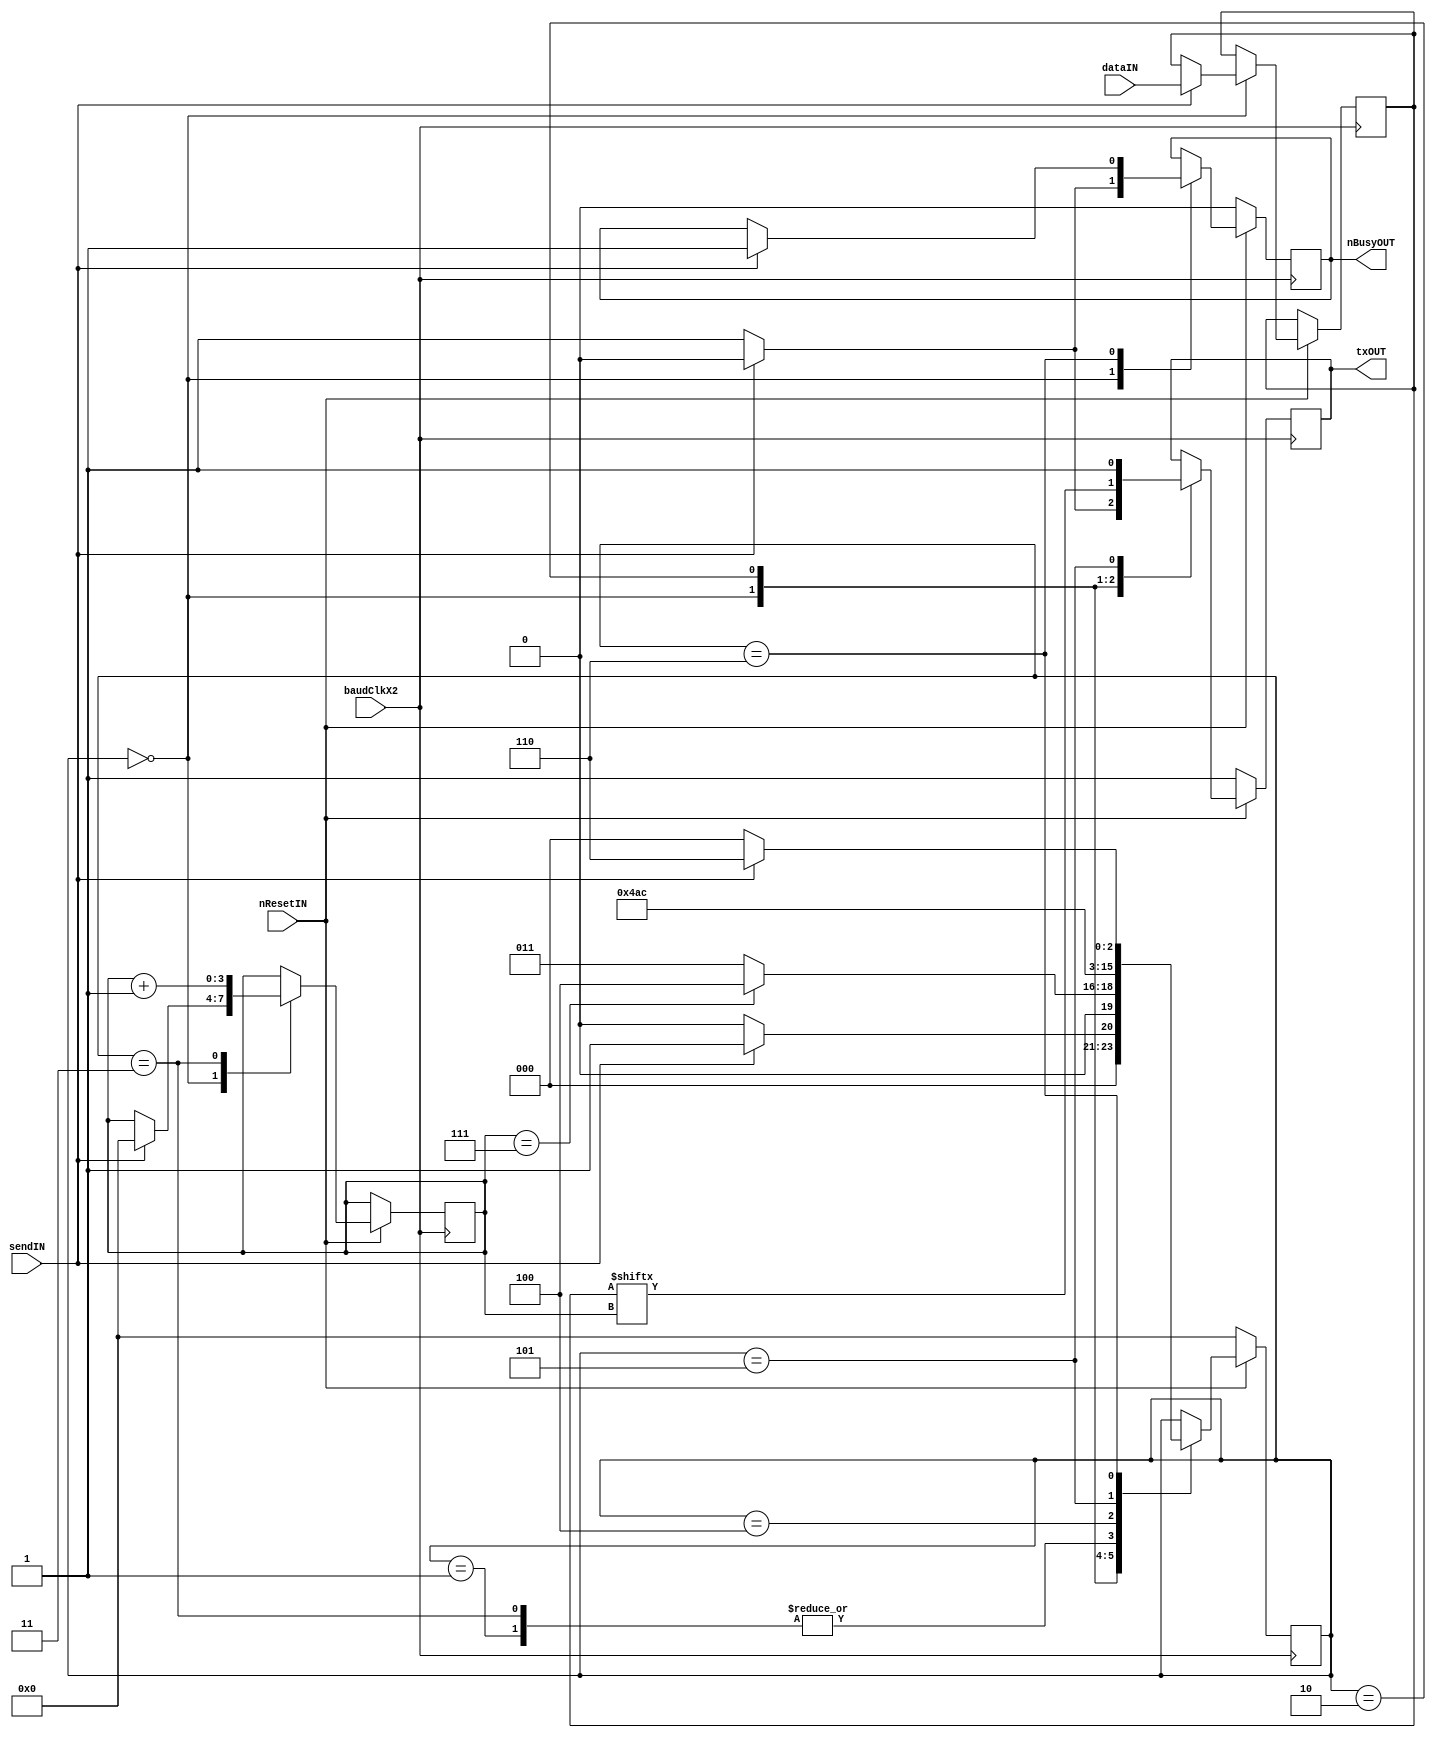
module UartTX(baudClkX2, nResetIN, dataIN, sendIN, txOUT, nBusyOUT);
input baudClkX2, nResetIN, sendIN;
input [7:0] dataIN;
output txOUT, nBusyOUT;

reg       txOUT    = 1'b1;
reg       nBusyOUT = 1'b1;
reg [7:0] data;
reg [3:0] bitCnt;
reg [13:0] timer_count = 0;

`define READY       0
`define STARTBIT    1
`define SENDDATABIT 2
`define NEXTDATABIT 3
`define LASTDATABIT 4
`define STOPBIT     5
`define NEXTSTOPBIT	6
//`define TIMER       7
reg [3:0] state;

always @ (posedge baudClkX2)
if (~nResetIN)/////////////////////////////// if reset                                                                                          
  begin                                    //                            
    txOUT    <= 1'b1;                      // TX = 1                                         
    nBusyOUT <= 1'b0;                      // transmit not done                                         
	state    <= `READY;                    //                                            
  end                                      //                          
else                                       //
  case (state)                             //   
	`READY://////////////////////////////////                          
		if (~sendIN)                       // if sendIN = 0         
		  begin                            //                                                                    
			txOUT    <= 1'b1;              // TX = 1              
			nBusyOUT <= 1'b1;              // transmit done  ???????????????                
			state    <= `READY;            //                 
		  end                              //                                  
		else                               //                                  
		  begin                            // if sendIN = 1                                   
			txOUT    <= 1'b0;              // TX = 0, STARTBIT
			nBusyOUT <= 1'b0;              // transmit NOT done                 
			data     <= dataIN;            // load data register               
			bitCnt   <= 0;                 // bit Cnt 0            
			state    <= `STARTBIT;         //                          
		  end                              //  
	`STARTBIT:///////////////////////////////                                                           
		begin                              //  
			state <= `SENDDATABIT;         //                              
		end                                //
	`SENDDATABIT: ///////////////////////////                                                          
		begin                              //  
		  txOUT <= data[bitCnt];           // TX = data[bitCnt]                   
		  if (bitCnt == 7)                 //               
		    state <= `LASTDATABIT;         //                              
		  else                             //                                   
			state <= `NEXTDATABIT;         //                              
		end                                //
	`NEXTDATABIT:////////////////////////////                           
		begin                              //  
		  bitCnt <= bitCnt + 1;            // bitCnt + 1                    
		  state  <= `SENDDATABIT;          //                            
		end                                //                                
	`LASTDATABIT:////////////////////////////                          
		begin                              //  
		  state <= `STOPBIT;               //                       
		end                                //
	`STOPBIT:////////////////////////////////                                                                                                                   
		begin                              //  
		  txOUT <= 1'b1;                   // TX = 1            
		  state <= `NEXTSTOPBIT;           // <<<<< state `TIMER                      
		end                                // <<<<<   		
    `NEXTSTOPBIT:////////////////////////////
		begin                              //                                                                 
		  if (sendIN)                      // if sendIN = 1           
		    begin                          //                                      
			  state    <= `NEXTSTOPBIT;    //
			  nBusyOUT <= 1'b1;            // transmit done                                                   
			end                            //                                   
		  else                             // if sendIN = 0                                 
		    state <= `READY;               //                 
		end                                //
//	`TIMER://////////////////////////////////
//		begin							   //
//			if (timer_count != 2400)       //
//				timer_count = timer_count + 1;
//			else                           //
//				begin                      //
//				  timer_count = 0;         //
//				  state <= `READY;         //
//				end                        //
//		end                                //
  endcase////////////////////////////////////
	
endmodule